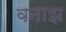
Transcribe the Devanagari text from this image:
वनाझ